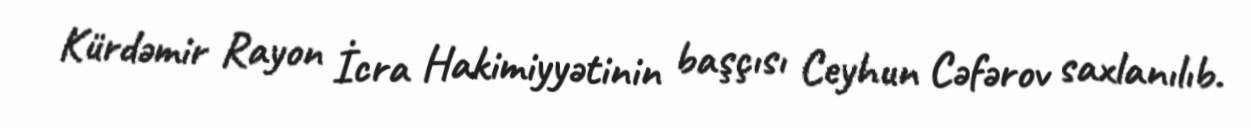
Kürdəmir Rayon İcra Hakimiyyətinin başçısı Ceyhun Cəfərov saxlanılıb.